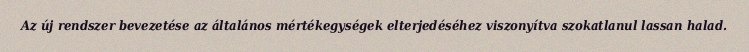
Az új rendszer bevezetése az általános mértékegységek elterjedéséhez viszonyítva szokatlanul lassan halad.